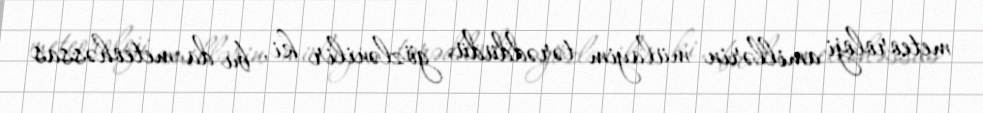
meteoroloji amillərin mülayim tərəddüdü gözlənilir ki, bu da meteohəssas